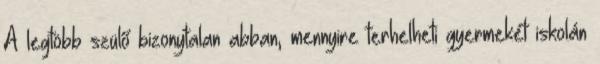
A legtöbb szülő bizonytalan abban, mennyire terhelheti gyermekét iskolán